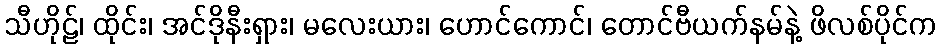
သီဟိုဠ်၊ ထိုင်း၊ အင်ဒိုနီးရှား၊ မလေးယား၊ ဟောင်ကောင်၊ တောင်ဗီယက်နမ်နဲ့ ဖိလစ်ပိုင်က